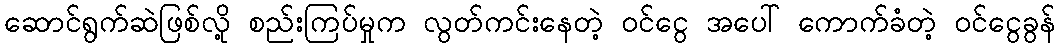
ဆောင်ရွက်ဆဲဖြစ်လို့ စည်းကြပ်မှုက လွတ်ကင်းနေတဲ့ ဝင်ငွေ အပေါ် ကောက်ခံတဲ့ ဝင်ငွေခွန်